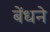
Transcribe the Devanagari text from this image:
बेंधने